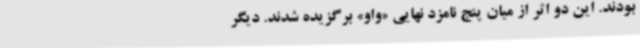
بودند. این دو اثر از میان پنج نامزد نهایی «واو» برگزیده شدند. دیگر